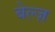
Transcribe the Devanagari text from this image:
बेल्ज़